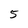
Character: 5